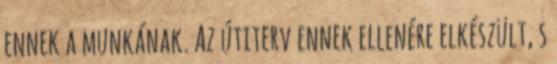
ennek a munkának. Az útiterv ennek ellenére elkészült, s